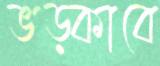
ভড়্‌কাবে